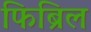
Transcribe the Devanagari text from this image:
फिब्रिल